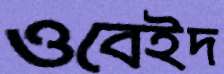
ওবেইদ